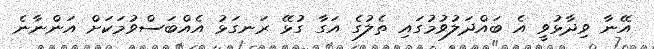
އޭނާ ވިދާޅުވީ އެ ބައްދަލުވުމުގައި ތެލުގެ އަގާ ގުޅޭ ރަނގަޅު އެއްބަސްވުމަކަށް އަންނާނެ